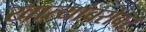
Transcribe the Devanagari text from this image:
खात्यांबरोबर